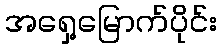
အရှေ့မြောက်ပိုင်း